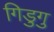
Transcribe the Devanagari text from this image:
गिडुगु